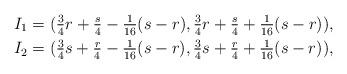
LaTeX: \begin{align*}&I_{1}=(\tfrac{3}{4}r+\tfrac{s}{4}-\tfrac{1}{16}(s-r),\tfrac{3}{4}r+\tfrac{s}{4}+\tfrac{1}{16}(s-r)), \\ & I_{2}=(\tfrac{3}{4}s+\tfrac{r}{4}-\tfrac{1}{16}(s-r),\tfrac{3}{4}s+\tfrac{r}{4}+\tfrac{1}{16}(s-r)), \end{align*}